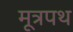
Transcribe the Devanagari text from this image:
मूत्रपथ